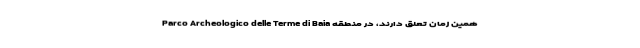
همین زمان تعلق دارند، در منطقه Parco Archeologico delle Terme di Baia